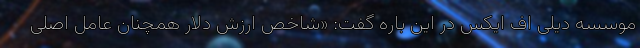
موسسه دیلی اف ایکس در این باره گفت: «شاخص ارزش دلار همچنان عامل اصلی